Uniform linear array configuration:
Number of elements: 4
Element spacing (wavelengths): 0.5
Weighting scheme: exponential
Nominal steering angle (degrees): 0
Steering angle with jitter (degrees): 1.658
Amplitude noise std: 0.05
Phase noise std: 0.05

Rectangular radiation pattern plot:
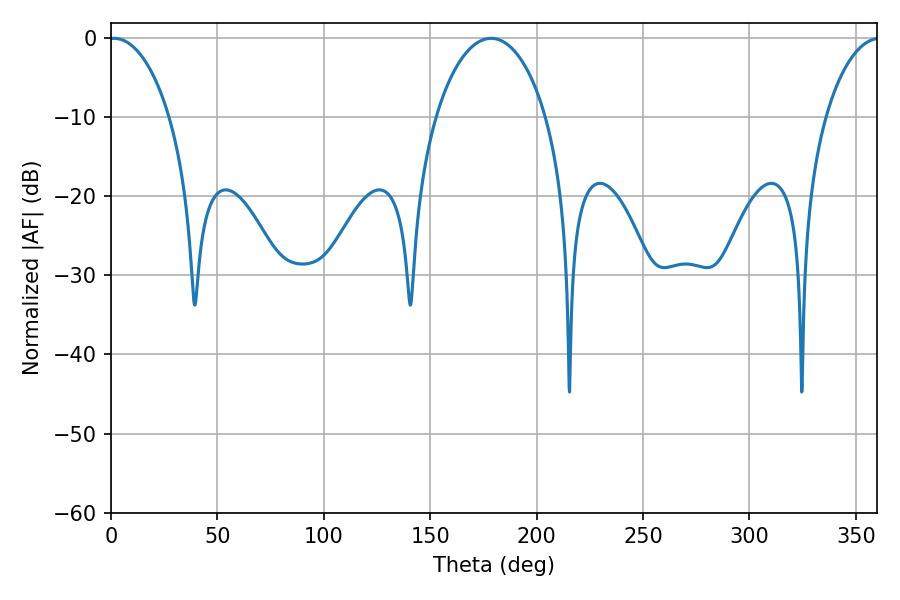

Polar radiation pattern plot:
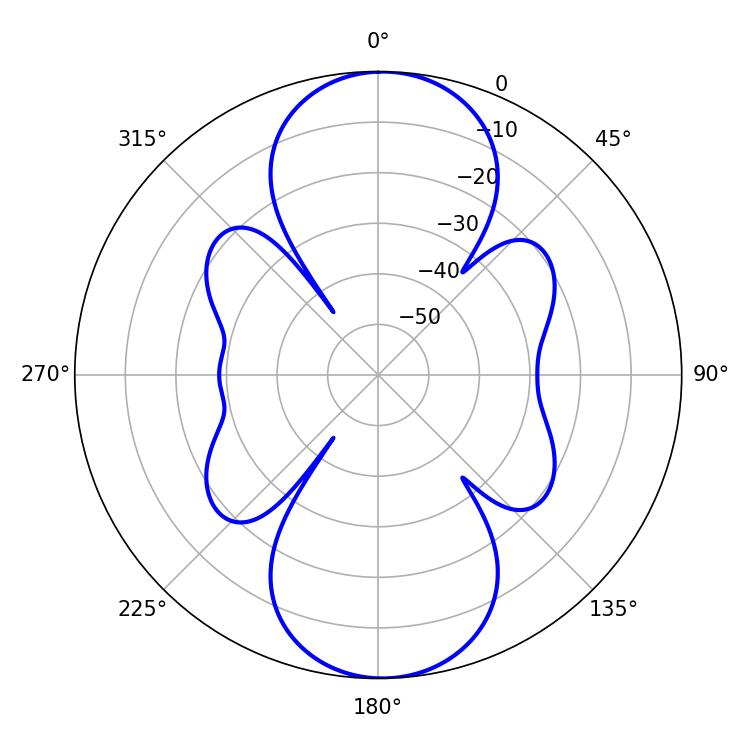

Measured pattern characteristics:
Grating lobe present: FALSE
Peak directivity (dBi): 18.648
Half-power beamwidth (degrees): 16.2
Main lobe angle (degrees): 1.44